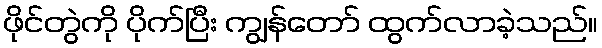
ဖိုင်တွဲကို ပိုက်ပြီး ကျွန်တော် ထွက်လာခဲ့သည်။